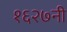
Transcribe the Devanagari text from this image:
१६२७नी